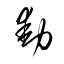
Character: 動